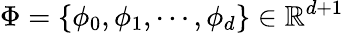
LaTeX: \Phi=\{ \phi_{0},\phi_{1},\cdots,\phi_{d}\} \in\mathbb{R}^{d+1}